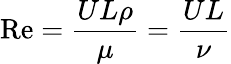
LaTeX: \mathrm{Re}={\frac{UL\rho}{\mu}}={\frac{UL}{\nu}}